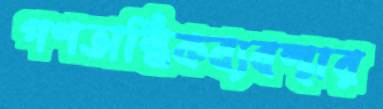
গণতান্ত্রিকব্যবস্থার